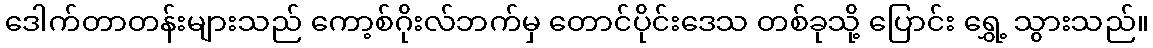
ဒေါက်တာတန်းများသည် ကော့စ်ဂိုးလ်ဘက်မှ တောင်ပိုင်းဒေသ တစ်ခုသို့ ပြောင်း ရွှေ့ သွားသည်။